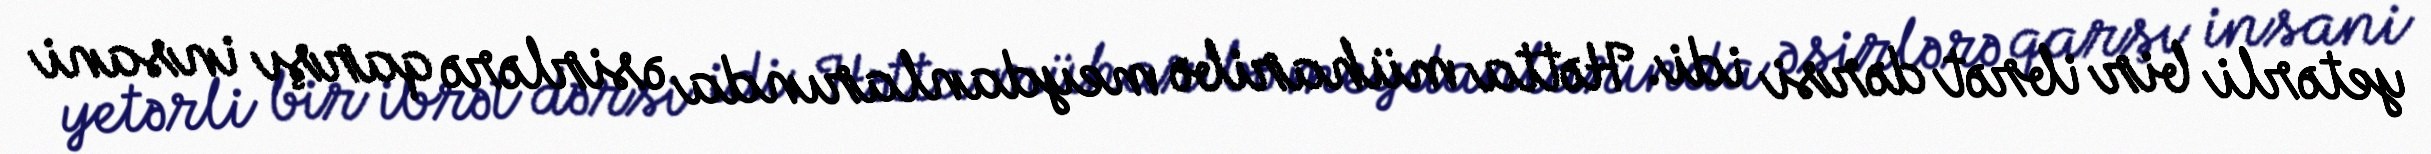
yetərli bir ibrət dərsi idi. Hətta müharibə meydanlarında əsirlərə qarşı insani